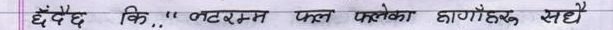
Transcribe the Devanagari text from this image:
दैदै कि, "कटरमस्त फल फलेका हाँगाहरु सहै